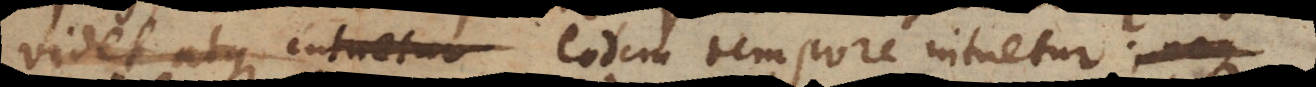
videt atque intuetur eodem tempore intuetur?